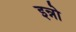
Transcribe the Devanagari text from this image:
इन्नो